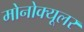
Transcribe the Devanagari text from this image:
मोनोक्यूलर